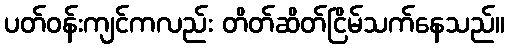
ပတ်ဝန်းကျင်ကလည်း တိတ်ဆိတ်ငြိမ်သက်နေသည်။